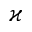
\varkappa